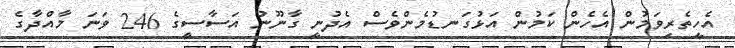
އެހީތެރިވަމުން އެހެން ކަމުން އަޅުގަނޑުމެންވެސް އެދުނީ ގާނޫނު އަސާސީގެ 246 ވަނަ މާއްދާގެ